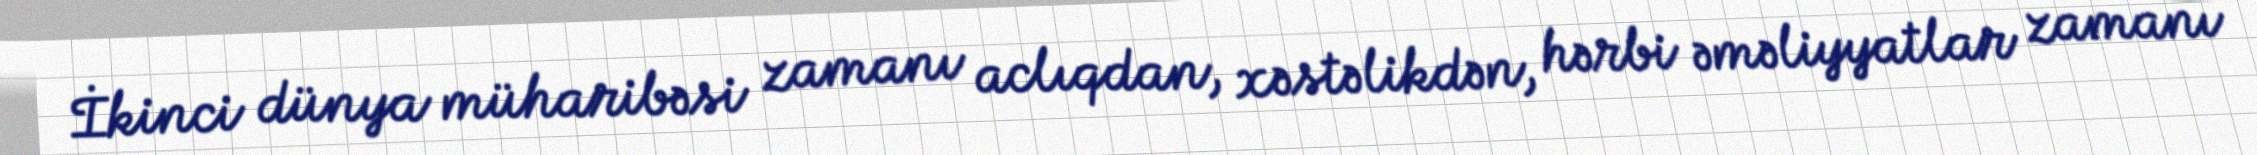
İkinci dünya müharibəsi zamanı aclıqdan, xəstəlikdən, hərbi əməliyyatlar zamanı